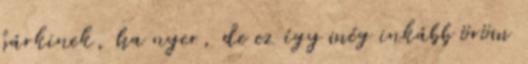
bárkinek, ha nyer, de ez így még inkább öröm